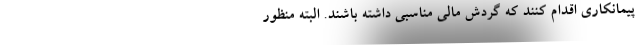
پیمانکاری اقدام کنند که گردش مالی مناسبی داشته باشند. البته منظور